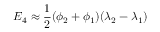
E _ { 4 } \approx { \frac { 1 } { 2 } } ( \phi _ { 2 } + \phi _ { 1 } ) ( \lambda _ { 2 } - \lambda _ { 1 } )